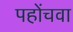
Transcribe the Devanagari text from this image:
पहोंचवा